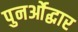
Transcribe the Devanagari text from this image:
पुनर्ओद्धार